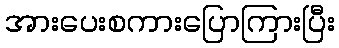
အားပေးစကားပြောကြားပြီး